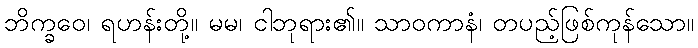
ဘိက္ခဝေ၊ ရဟန်းတို့။ မမ၊ ငါဘုရား၏။ သာဝကာနံ၊ တပည့်ဖြစ်ကုန်သော။